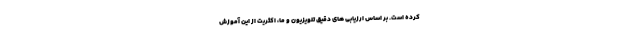
کرده است. بر اساس ارزیابی های دقیق تلویزیون و ما، اکثریت از این آموزش